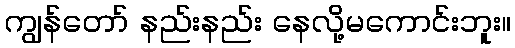
ကျွန်တော် နည်းနည်း နေလို့မကောင်းဘူး။